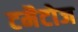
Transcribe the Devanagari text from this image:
टमैटोज